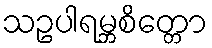
သဥပါရမ္ဘစိတ္တော